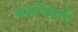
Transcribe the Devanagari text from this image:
थलनिवासी